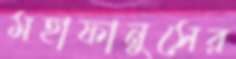
মহাফানুসের